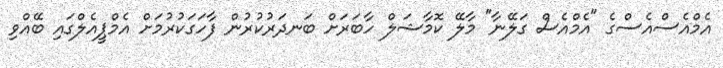
އެމްއެސްއެސްގެ "އެމްއެސް ގަލޭނާ" މާލޭ ކޮމާޝަލް ހާބަރަށް ބަނދަރުކުރުން ފާހަގަކުރުމަށް އެމްޕީއެލްގައި ބޭއްވި